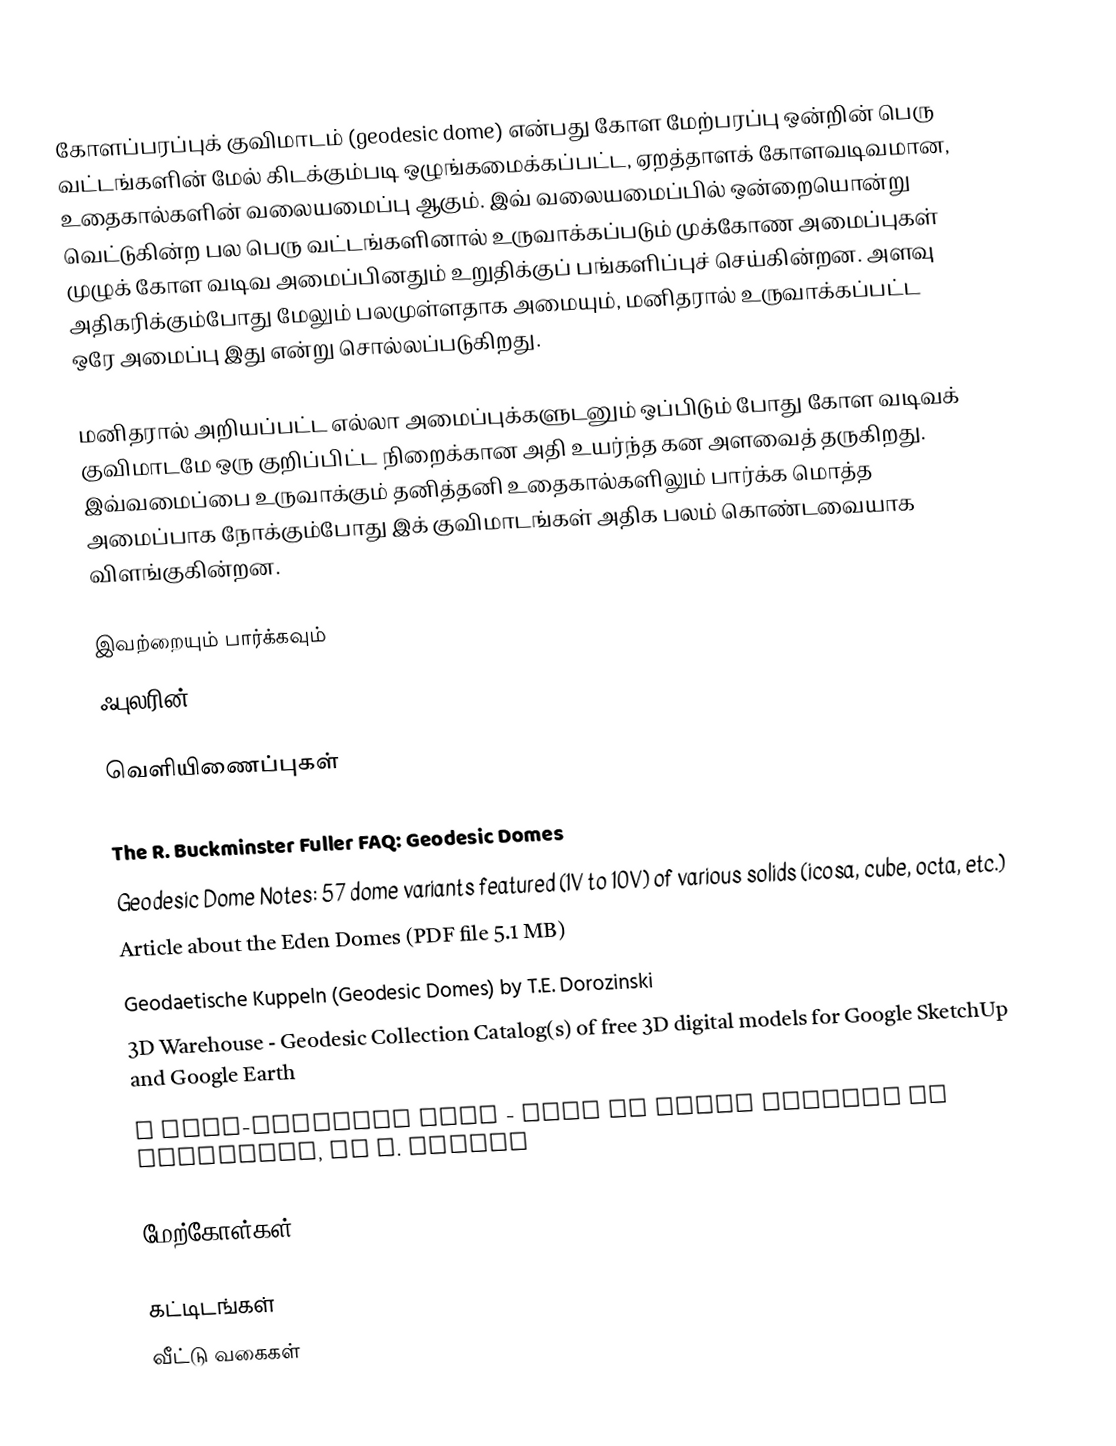
கோளப்பரப்புக் குவிமாடம் (geodesic dome) என்பது கோள மேற்பரப்பு ஒன்றின் பெரு வட்டங்களின் மேல் கிடக்கும்படி ஒழுங்கமைக்கப்பட்ட, ஏறத்தாளக் கோளவடிவமான, உதைகால்களின் வலையமைப்பு ஆகும். இவ் வலையமைப்பில் ஒன்றையொன்று வெட்டுகின்ற பல பெரு வட்டங்களினால் உருவாக்கப்படும் முக்கோண அமைப்புகள்  முழுக் கோள வடிவ அமைப்பினதும் உறுதிக்குப் பங்களிப்புச் செய்கின்றன. அளவு அதிகரிக்கும்போது மேலும் பலமுள்ளதாக அமையும், மனிதரால் உருவாக்கப்பட்ட ஒரே அமைப்பு இது என்று சொல்லப்படுகிறது.

மனிதரால் அறியப்பட்ட எல்லா அமைப்புக்களுடனும் ஒப்பிடும் போது கோள வடிவக் குவிமாடமே ஒரு குறிப்பிட்ட நிறைக்கான அதி உயர்ந்த கன அளவைத் தருகிறது. இவ்வமைப்பை உருவாக்கும் தனித்தனி உதைகால்களிலும் பார்க்க மொத்த அமைப்பாக நோக்கும்போது இக் குவிமாடங்கள் அதிக பலம் கொண்டவையாக விளங்குகின்றன.

இவற்றையும் பார்க்கவும்
ஃபுலரின்

வெளியிணைப்புகள்

 The R. Buckminster Fuller FAQ: Geodesic Domes
 Geodesic Dome Notes: 57 dome variants featured (1V to 10V) of various solids (icosa, cube, octa, etc.)
 Article about the Eden Domes (PDF file 5.1 MB)
 Geodaetische Kuppeln (Geodesic Domes) by T.E. Dorozinski
 3D Warehouse - Geodesic Collection  Catalog(s) of free 3D digital models for Google SketchUp  and Google Earth
 A meta-geodesic dome - made of quads instead of triangles, by F. Tuczek

மேற்கோள்கள்

கட்டிடங்கள்
வீட்டு வகைகள்